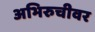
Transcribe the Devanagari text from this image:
अभिरुचीवर